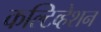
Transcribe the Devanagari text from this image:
कल्टिव्हेशन